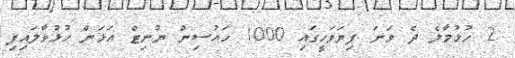
2 ހުޅުމާލެ ދެ ވަނަ ފިޔަވަހީގައި 1000 ހައުސިން ޔުނިޓް އަޅަން ހުޅުވާލައިފި